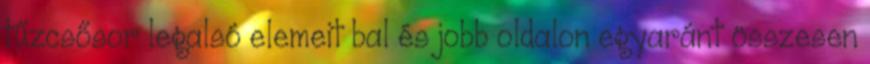
tűzcsősor legalsó elemeit bal és jobb oldalon egyaránt összesen